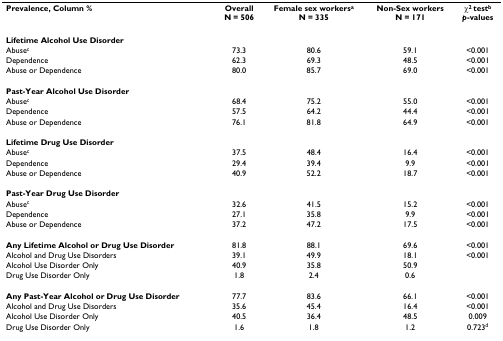
<table><thead><tr><td><b>Prevalence, Column %</b></td><td><b>OverallN = 506</b></td><td><b>Female sex workers<sup>a</sup>N = 335</b></td><td><b>Non-Sex workersN = 171</b></td><td><b>χ<sup>2 </sup>test<sup>b</sup><i>p</i>-values</b></td></tr></thead><tbody><tr><td><b>Lifetime Alcohol Use Disorder</b></td><td></td><td></td><td></td><td></td></tr><tr><td>Abuse<sup>c</sup></td><td>73.3</td><td>80.6</td><td>59.1</td><td>&lt;0.001</td></tr><tr><td>Dependence</td><td>62.3</td><td>69.3</td><td>48.5</td><td>&lt;0.001</td></tr><tr><td>Abuse or Dependence</td><td>80.0</td><td>85.7</td><td>69.0</td><td>&lt;0.001</td></tr><tr><td><b>Past-Year Alcohol Use Disorder</b></td><td></td><td></td><td></td><td></td></tr><tr><td>Abuse<sup>c</sup></td><td>68.4</td><td>75.2</td><td>55.0</td><td>&lt;0.001</td></tr><tr><td>Dependence</td><td>57.5</td><td>64.2</td><td>44.4</td><td>&lt;0.001</td></tr><tr><td>Abuse or Dependence</td><td>76.1</td><td>81.8</td><td>64.9</td><td>&lt;0.001</td></tr><tr><td><b>Lifetime Drug Use Disorder</b></td><td></td><td></td><td></td><td></td></tr><tr><td>Abuse<sup>c</sup></td><td>37.5</td><td>48.4</td><td>16.4</td><td>&lt;0.001</td></tr><tr><td>Dependence</td><td>29.4</td><td>39.4</td><td>9.9</td><td>&lt;0.001</td></tr><tr><td>Abuse or Dependence</td><td>40.9</td><td>52.2</td><td>18.7</td><td>&lt;0.001</td></tr><tr><td><b>Past-Year Drug Use Disorder</b></td><td></td><td></td><td></td><td></td></tr><tr><td>Abuse<sup>c</sup></td><td>32.6</td><td>41.5</td><td>15.2</td><td>&lt;0.001</td></tr><tr><td>Dependence</td><td>27.1</td><td>35.8</td><td>9.9</td><td>&lt;0.001</td></tr><tr><td>Abuse or Dependence</td><td>37.2</td><td>47.2</td><td>17.5</td><td>&lt;0.001</td></tr><tr><td><b>Any Lifetime Alcohol or Drug Use Disorder</b></td><td>81.8</td><td>88.1</td><td>69.6</td><td>&lt;0.001</td></tr><tr><td>Alcohol and Drug Use Disorders</td><td>39.1</td><td>49.9</td><td>18.1</td><td>&lt;0.001</td></tr><tr><td>Alcohol Use Disorder Only</td><td>40.9</td><td>35.8</td><td>50.9</td><td></td></tr><tr><td>Drug Use Disorder Only</td><td>1.8</td><td>2.4</td><td>0.6</td><td></td></tr><tr><td><b>Any Past-Year Alcohol or Drug Use Disorder</b></td><td>77.7</td><td>83.6</td><td>66.1</td><td>&lt;0.001</td></tr><tr><td>Alcohol and Drug Use Disorders</td><td>35.6</td><td>45.4</td><td>16.4</td><td>&lt;0.001</td></tr><tr><td>Alcohol Use Disorder Only</td><td>40.5</td><td>36.4</td><td>48.5</td><td>0.009</td></tr><tr><td>Drug Use Disorder Only</td><td>1.6</td><td>1.8</td><td>1.2</td><td>0.723<sup>d</sup></td></tr></tbody></table>